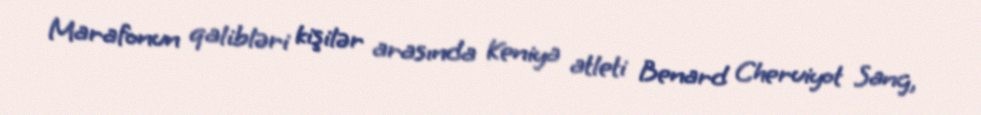
Marafonun qalibləri kişilər arasında Keniya atleti Benard Cheruiyot Sang,